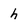
Character: h